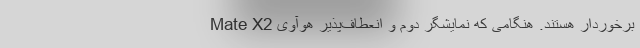
برخوردار هستند. هنگامی که نمایشگر دوم و انعطاف‌پذیر هوآوی Mate X2